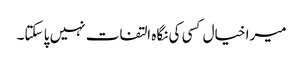
میرا خیال کسی کی نگاہ التفات نہیں پا سکتا۔